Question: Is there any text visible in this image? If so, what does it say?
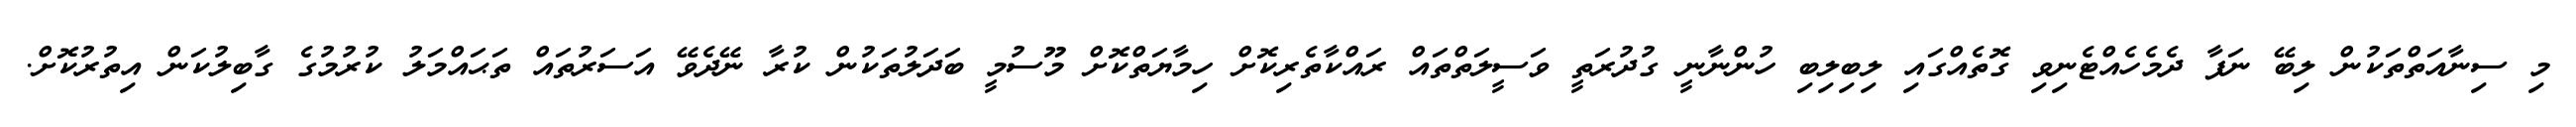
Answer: މި ސިނާއަތްތަކުން ލިބޭ ނަފާ ދެމެހެއްޓެނިވި ގޮތެއްގައި ލިބިލިބި ހުންނާނީ ގުދުރަތީ ވަސީލަތްތައް ރައްކާތެރިކޮށް ހިމާޔަތްކޮށް މޫސުމީ ބަދަލުތަކުން ކުރާ ނޭދެވޭ އަސަރުތައް ތަޙައްމަލު ކުރުމުގެ ގާބިލުކަން އިތުރުކޮށް.